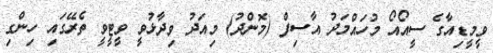
ވީމީޑިއާގެ ސީއޯއޯ މުހައްމަދު އާސިފް (މޮންދު) މިއަދު ވިދާޅުވީ ވީޓީވީ ތެރޭގައި ހިންގި